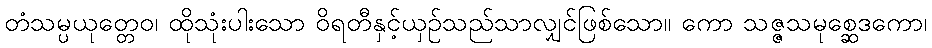
တံသမ္ပယုတ္တေဝ၊ ထိုသုံးပါးသော ဝိရတီနှင့်ယှဉ်သည်သာလျှင်ဖြစ်သော။ ကော သဇ္ဇသမုစ္ဆေဒကော၊